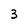
Character: 3